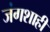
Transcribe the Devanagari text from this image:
जंगशाही